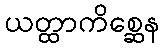
ယတ္ထာကိစ္ဆေန